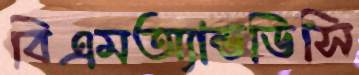
বিএমঅ্যান্ডডিসি